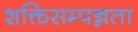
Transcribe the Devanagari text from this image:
शक्तिसम्पन्नता